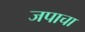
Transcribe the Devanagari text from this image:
जपाचा